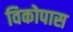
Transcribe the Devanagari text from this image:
विकोपास